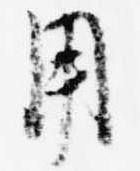
用